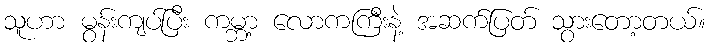
သူဟာ မွန်းကျပ်ပြီး ကမ္ဘာ့ လောကကြီးနဲ့ အဆက်ပြတ် သွားတော့တယ်။